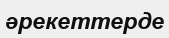
әрекеттерде